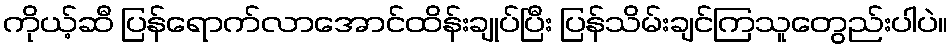
ကိုယ့်ဆီ ပြန်ရောက်လာအောင်ထိန်းချုပ်ပြီး ပြန်သိမ်းချင်ကြသူတွေည်းပါပဲ။